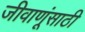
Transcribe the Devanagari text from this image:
जीवाणूंसाठी